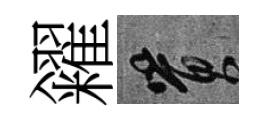
糴篔